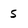
Character: S